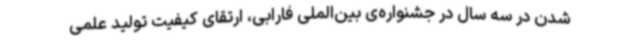
شدن در سه سال در جشنواره‌ی بین‌الملی فارابی، ارتقای کیفیت تولید علمی